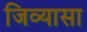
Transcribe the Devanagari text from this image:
जिव्यासा